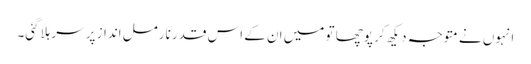
انہوں نے متوجہ دیکھ کر پوچھا تو میں ان کے اس قدر نارمل انداز پر سر ہلاگئی۔